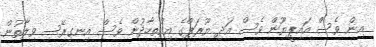
އިން ވެސް އައިޕީޔޫން ވެސް އަދި ޔޫރަޕްގެ އިއްތިހާދުން ވެސް އިނގިރޭސި ވިލާތުން